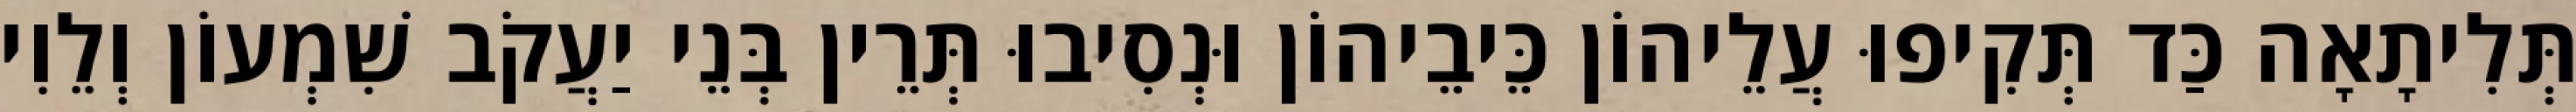
תְּלִיתָאָה כַּד תְּקִיפוּ עֲלֵיהוֹן כֵּיבֵיהוֹן וּנְסִיבוּ תְּרֵין בְּנֵי יַעֲקֹב שִׁמְעוֹן וְלֵוִי